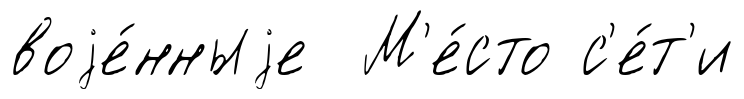
воjе́нныjе М'е́сто с'е́т'и